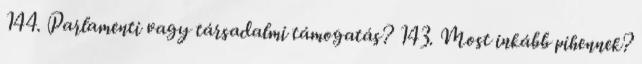
144. Parlamenti vagy társadalmi támogatás? 143. Most inkább pihennek?